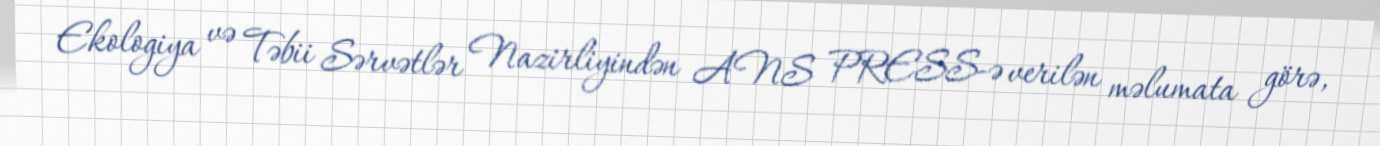
Ekologiya və Təbii Sərvətlər Nazirliyindən ANS PRESS-ə verilən məlumata görə,